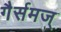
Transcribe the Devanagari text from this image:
गैर्समज्